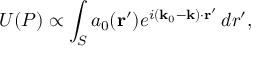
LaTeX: U ( P ) \propto \int _ { S } a _ { 0 } ( \mathbf { r } ^ { \prime } ) e ^ { i ( \mathbf { k } _ { 0 } - \mathbf { k } ) \cdot \mathbf { r } ^ { \prime } } \, d r ^ { \prime } ,